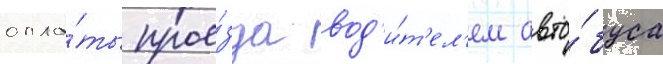
опла́ты прое́зда вод'и́т'ел'ем авто́буса